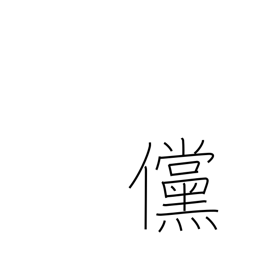
Meaning: if